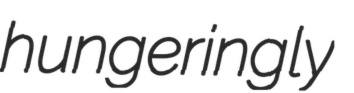
hungeringly